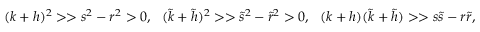
( k + h ) ^ { 2 } > > s ^ { 2 } - r ^ { 2 } > 0 , \ \ ( \tilde { k } + \tilde { h } ) ^ { 2 } > > \tilde { s } ^ { 2 } - \tilde { r } ^ { 2 } > 0 , \ \ ( k + h ) ( \tilde { k } + \tilde { h } ) > > s \tilde { s } - r \tilde { r } ,